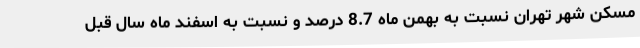
مسکن شهر تهران نسبت به بهمن ماه 8.7 درصد و نسبت به اسفند ماه سال قبل